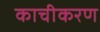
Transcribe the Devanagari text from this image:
काचीकरण